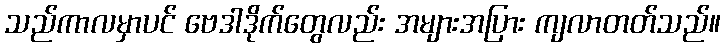
သည်ကာလမှာပင် ဗေဒါဒိုက်တွေလည်း အများအပြား ကျလာတတ်သည်။